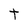
Character: t